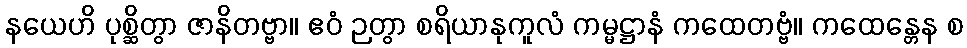
နယေဟိ ပုစ္ဆိတွာ ဇာနိတဗ္ဗာ။ ဧဝံ ဉတွာ စရိယာနုကူလံ ကမ္မဋ္ဌာနံ ကထေတဗ္ဗံ။ ကထေန္တေန စ